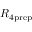
R _ { 4 \mathrm { p r e p } }